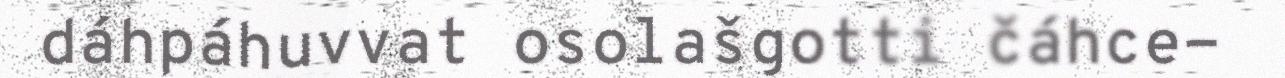
dáhpáhuvvat osolašgotti čáhce-